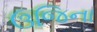
ઉજિના